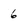
Character: 6